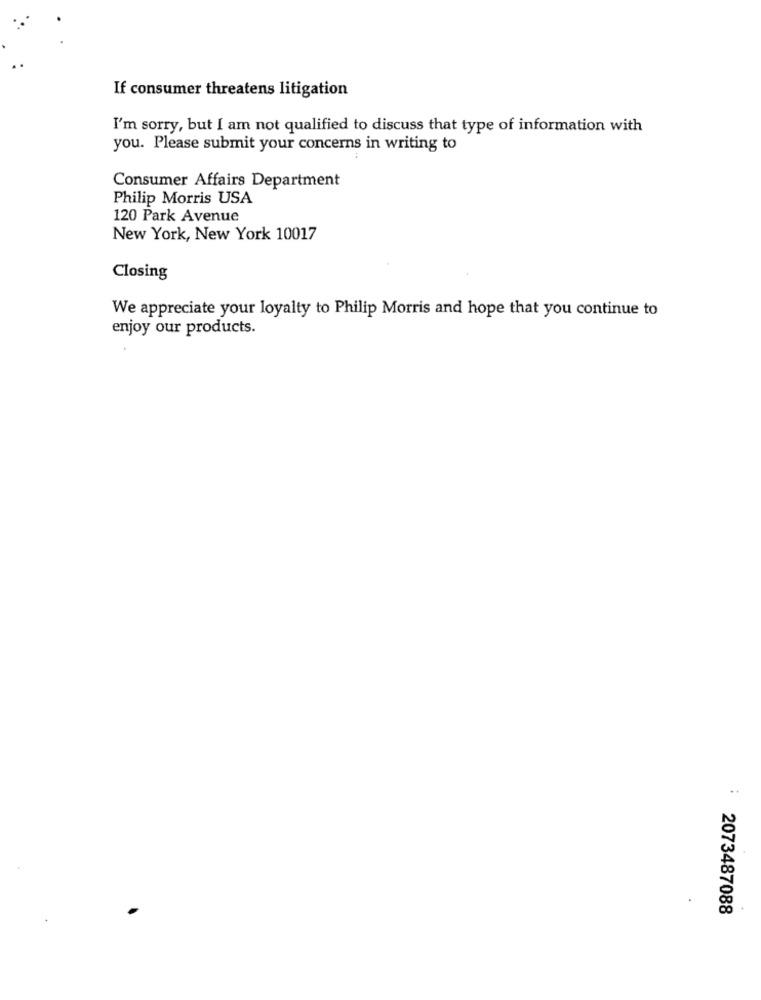
If consumer threatens litigation
I'm sorry, but I am not qualified to discuss that type of information with
you. Please submit your concerns in writing to
Consumer Affairs Department
Philip Morris USA
120 Park Avenue
New York, New York 10017
Closing
We appreciate your loyalty to Philip Morris and hope that you continue to
enjoy our products.
.+
2073487088